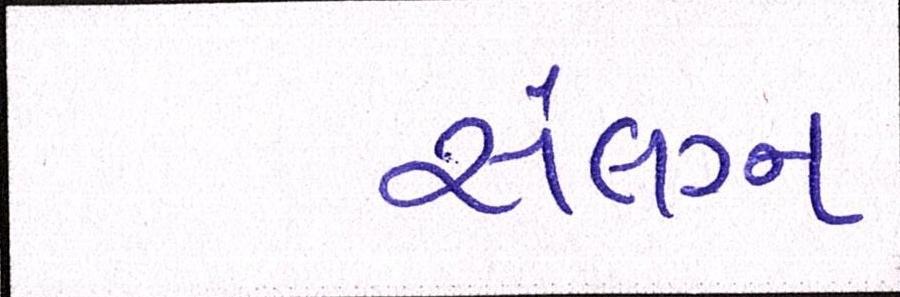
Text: સંલગ્ન